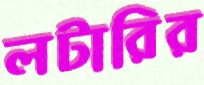
লটারির